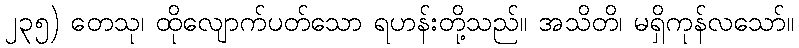
၂၃၅) တေသု၊ ထိုလျောက်ပတ်သော ရဟန်းတို့သည်။ အသိတိ၊ မရှိကုန်လသော်။